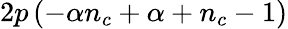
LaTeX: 2p\left(-\alpha n_{c}+\alpha+n_{c}-1\right)